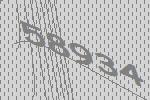
58934